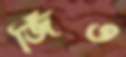
জিঁও